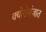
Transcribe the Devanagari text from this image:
क्योरोसंजात